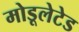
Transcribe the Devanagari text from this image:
मोडूलेटेड